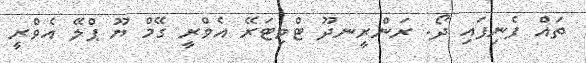
ތައް ފެނިފައި ދޯ. ރަންރީނދޫ ޓްވިޓަރޭ އެވްރީ ގޭމް ޔޫ ޕްލޭ އެވްރީ